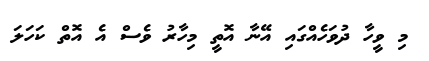
މި ވީހާ ދުވަހެއްގައި އޭނާ އޮތީ މިހާރު ވެސް އެ އޮތް ކަހަލަ